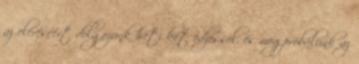
az eléréséért dolgozunk heti két edzéssel, és megpróbálunk az